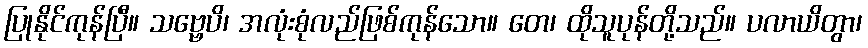
ပြုနိုင်ကုန်ပြီ။ သဗ္ဗေပိ၊ အလုံးစုံလည်ဖြစ်ကုန်သော။ တေ၊ ထိုသူပုန်တို့သည်။ ပလာယိတွာ၊